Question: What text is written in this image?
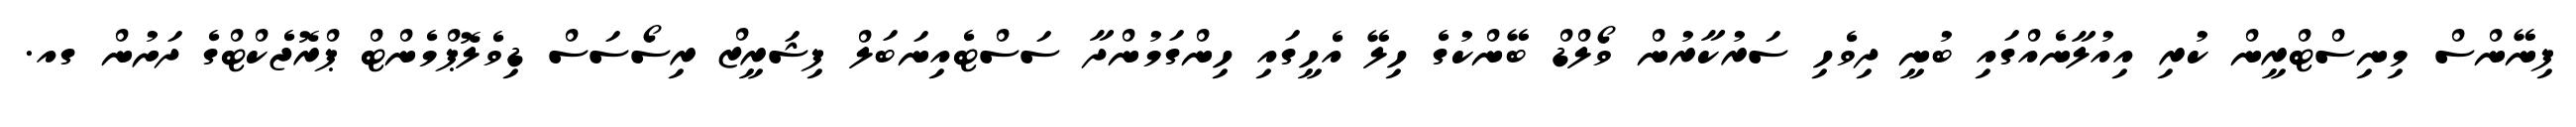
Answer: ފިނޭންސް މިނިސްޓްރީން ކުރި އިއުލާނެއްގައި ބުނީ ދިވެހި ސަރުކާރުން ވޯލްޑް ބޭންކުގެ ހިލޭ އެހީގައި ހިންގަމުންދާ ސަސްޓެއިނަބަލް ފިޝަރީޒް ރިސޯސަސް ޑިވެލޮޕްމެންޓް ޕްރޮޖެކްޓްގެ ދަށުން ގއ.